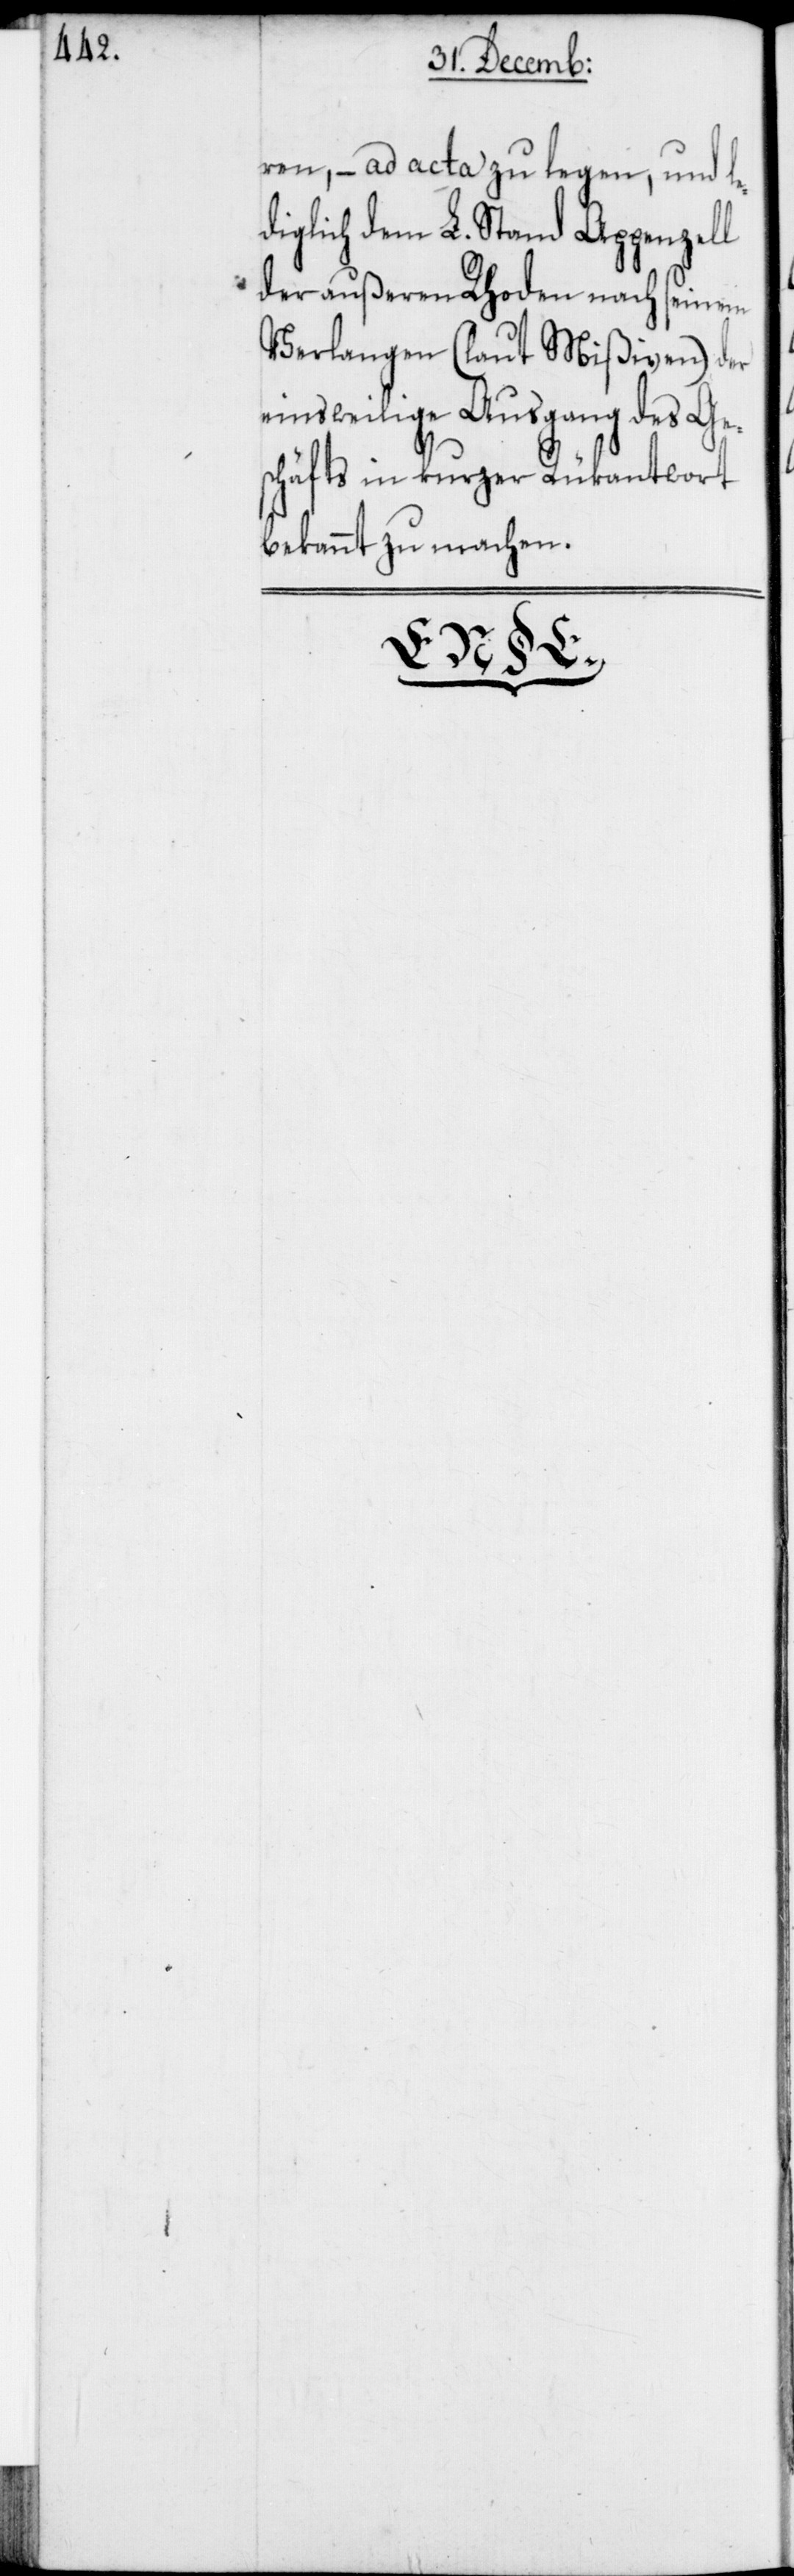
ren, – ad acta zu legen, und le¬
diglich dem L. Stand Appenzell
der außeren Rhoden nach seinem
Verlangen (laut Mißiven) der
einsweilige Ausgang des Ges¬
chäfts in kurzer Rükantwort
bekannt zu machen.